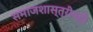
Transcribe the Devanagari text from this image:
समाजशास्त्रीयही